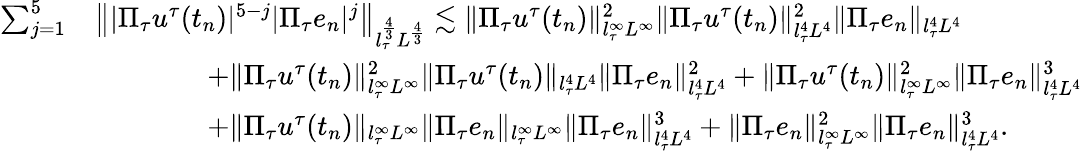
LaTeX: \begin{array}{rl}{\sum_{j=1}^{5}}&{\left\| |\Pi_{\tau}u^{\tau}(t_{n})|^{5-j}|\Pi_{\tau}e_{n}|^{j}\right\| _{l_{\tau}^{\frac{4}{3}}L^{\frac{4}{3}}}\lesssim\| \Pi_{\tau}u^{\tau}(t_{n})\| _{l_{\tau}^{\infty}L^{\infty}}^{2}\| \Pi_{\tau}u^{\tau}(t_{n})\| _{l_{\tau}^{4}L^{4}}^{2}\| \Pi_{\tau}e_{n}\| _{l_{\tau}^{4}L^{4}}}\\ &{\qquad\qquad+\| \Pi_{\tau}u^{\tau}(t_{n})\| _{l_{\tau}^{\infty}L^{\infty}}^{2}\| \Pi_{\tau}u^{\tau}(t_{n})\| _{l_{\tau}^{4}L^{4}}\| \Pi_{\tau}e_{n}\| _{l_{\tau}^{4}L^{4}}^{2}+\| \Pi_{\tau}u^{\tau}(t_{n})\| _{l_{\tau}^{\infty}L^{\infty}}^{2}\| \Pi_{\tau}e_{n}\| _{l_{\tau}^{4}L^{4}}^{3}}\\ &{\qquad\qquad+\| \Pi_{\tau}u^{\tau}(t_{n})\| _{l_{\tau}^{\infty}L^{\infty}}\| \Pi_{\tau}e_{n}\| _{l_{\tau}^{\infty}L^{\infty}}\| \Pi_{\tau}e_{n}\| _{l_{\tau}^{4}L^{4}}^{3}+\| \Pi_{\tau}e_{n}\| _{l_{\tau}^{\infty}L^{\infty}}^{2}\| \Pi_{\tau}e_{n}\| _{l_{\tau}^{4}L^{4}}^{3}.}\end{array}